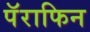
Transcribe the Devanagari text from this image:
पॅराफिन